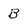
Character: B